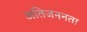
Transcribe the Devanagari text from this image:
अतिजननता